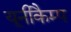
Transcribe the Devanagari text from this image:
यूनीकैम्प